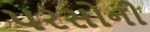
પરસોની